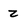
Character: Z